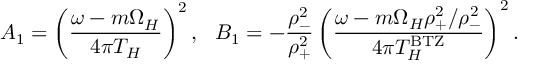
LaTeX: A _ { 1 } = \left( { \frac { \omega - m \Omega _ { H } } { 4 \pi T _ { H } } } \right) ^ { 2 } , ~ ~ B _ { 1 } = - { \frac { \rho _ { - } ^ { 2 } } { \rho _ { + } ^ { 2 } } } \left( { \frac { \omega - m \Omega _ { H } \rho _ { + } ^ { 2 } / \rho _ { - } ^ { 2 } } { 4 \pi T _ { H } ^ { \mathrm { B T Z } } } } \right) ^ { 2 } .